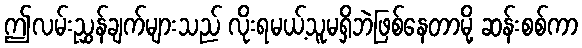
ဤလမ်းညွှန်ချက်များသည် လိုးရမယ့်သူမရှိဘဲဖြစ်နေတာမို့ ဆန်းစစ်ကာ